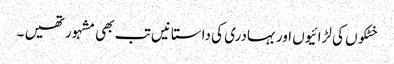
خٹکوں کی لڑائیوں اور بہادری کی داستانیں تب بھی مشہور تھیں ۔